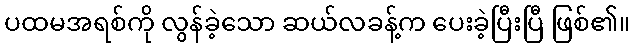
ပထမအရစ်ကို လွန်ခဲ့သော ဆယ်လခန့်က ပေးခဲ့ပြီးပြီ ဖြစ်၏။